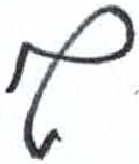
אות: ף